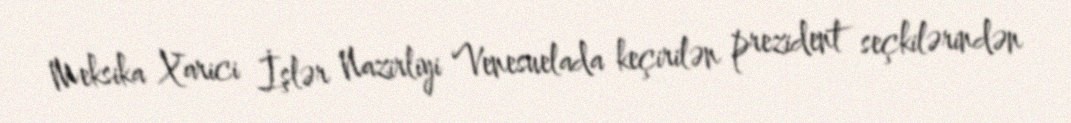
Meksika Xarici İşlər Nazirliyi Venesuelada keçirilən prezident seçkilərindən